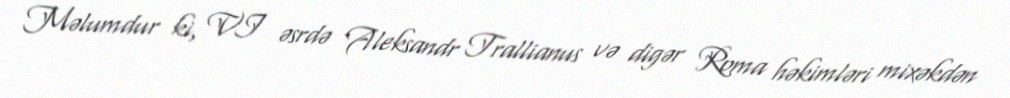
Məlumdur ki, VI əsrdə Aleksandr Trallianus və digər Roma həkimləri mixəkdən